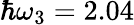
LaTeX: \hbar\omega_{3}=2.04